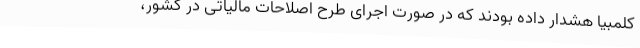
کلمبیا هشدار داده بودند که در صورت اجرای طرح اصلاحات مالیاتی در کشور،